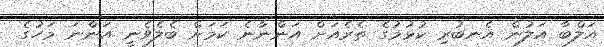
އަލްބާ އަލުން އެނބުރި ކުޅުމުގެ ތެރެއަށް އަންނާނެ ކަމަށް ބެލެވެނީ އަންނަ މަހުގެ